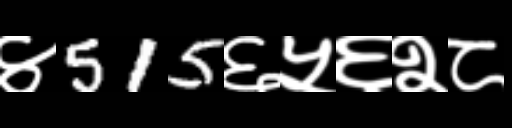
Text: ४515६५६२८